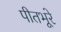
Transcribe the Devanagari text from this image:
पीतभूरे